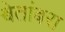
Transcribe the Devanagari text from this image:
श्वेतांबरा